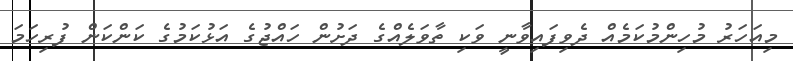
މިއަހަރު މުހިންމުކަމެއް ދެވިފައިވާނީ ވަކި ތާވަލެއްގެ ދަށުން ހައްޖުގެ އަޅުކަމުގެ ކަންކަން ފުރިހަމަ